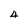
Character: 4